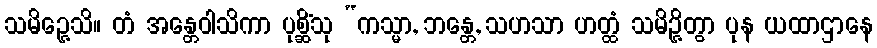
သမိဉ္ဇေသိ။ တံ အန္တေဝါသိကာ ပုစ္ဆိံသု “ကသ္မာ, ဘန္တေ, သဟသာ ဟတ္ထံ သမိဉ္ဇိတွာ ပုန ယထာဌာနေ